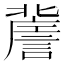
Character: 𧫯